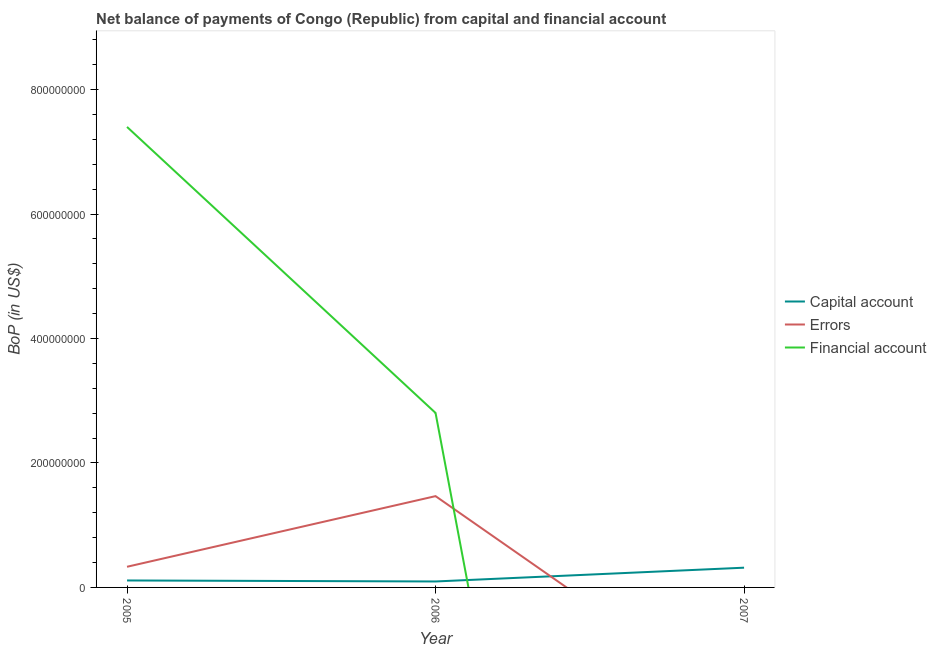
| Year | Capital account | Errors | Financial account |
 | --- | --- | --- | --- |
 | 2005 | 1.12e+07 | 3.32e+07 | 7.4e+08 |
 | 2006 | 9.56e+06 | 1.47e+08 | 2.8e+08 |
 | 2007 | 3.17e+07 | -1.99e+08 | -2.35e+09 |